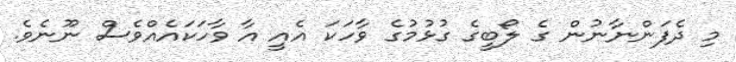
މި ދެފަންނާނުން ގެ ލޯބީގެ ގުޅުމުގެ ވާހަކަ އެއީ އާ ވާހަކައެއްވެސް ނޫނެވެ.